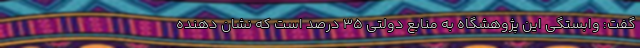
گفت: وابستگی این پژوهشگاه به منابع دولتی ۳۵ درصد است که نشان دهنده